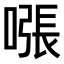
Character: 𫫧